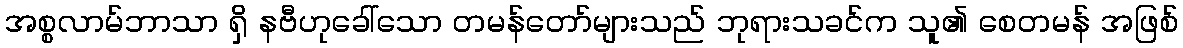
အစ္စလာမ်ဘာသာ ရှိ နဗီဟုခေါ်သော တမန်တော်များသည် ဘုရားသခင်က သူ၏ စေတမန် အဖြစ်